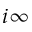
i \infty